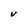
Character: V